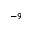
^ { - 9 }